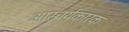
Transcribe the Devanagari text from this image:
आस्चर्यकारक